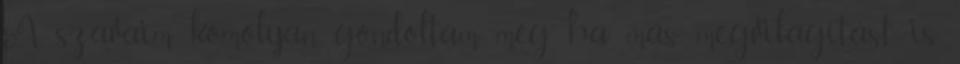
A szavaim komolyan gondoltam, még ha más megvilágítást is